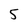
Character: 5